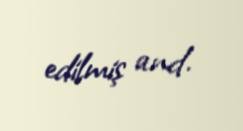
edilmiş and.